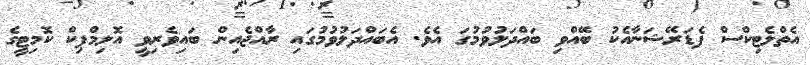
އެތްލެޓިކްސް ފެޑަރޭޝަނާއެކު ބޭއްވި ބައްދަލުވުމުގަ އެވެ. އެބައްދަލުވުމުގައި ރާއްޖެއިން ބައިވެރިވީ އޮލިމްޕިކް ކޮމިޓީގެ